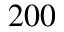
2 0 0